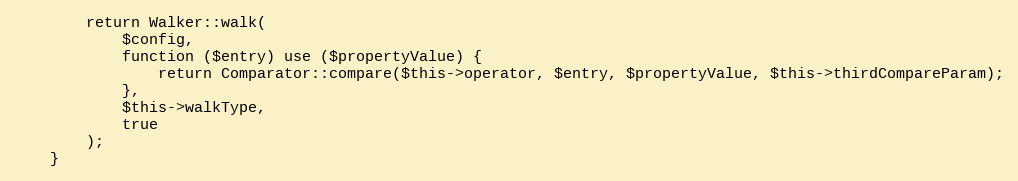
Language: PHP
        return Walker::walk(
            $config,
            function ($entry) use ($propertyValue) {
                return Comparator::compare($this->operator, $entry, $propertyValue, $this->thirdCompareParam);
            },
            $this->walkType,
            true
        );
    }